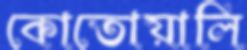
কোতোয়ালি